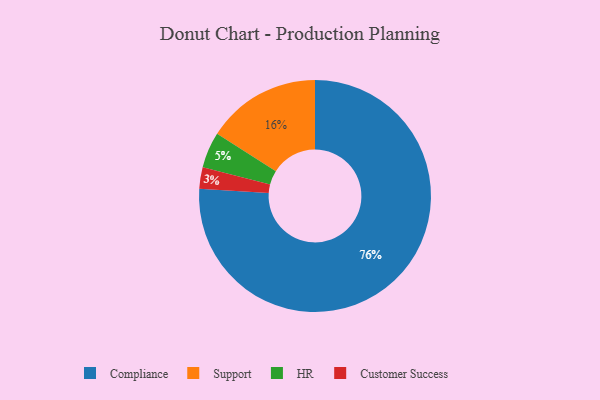
{"axis": {"x": "Category", "y": "Percentage"}, "legend": ["Compliance", "Customer Success", "HR", "Support"], "data": [{"x": "Customer Success", "y": 3, "type": "Customer Success"}, {"x": "Compliance", "y": 76, "type": "Compliance"}, {"x": "HR", "y": 5, "type": "HR"}, {"x": "Support", "y": 16, "type": "Support"}]}